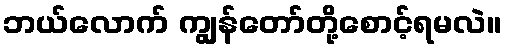
ဘယ်လောက် ကျွန်တော်တို့စောင့်ရမလဲ။